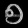
Digit: ၅